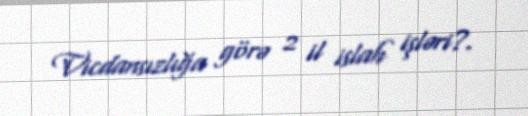
Vicdansızlığa görə 2 il islah işləri?.